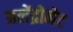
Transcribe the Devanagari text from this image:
अलेंद्रोनेट